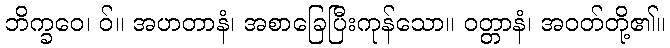
ဘိက္ခဝေ၊ ဝ်။ အဟတာနံ၊ အစာခြေပြီးကုန်သော။ ဝတ္တာနံ၊ အဝတ်တို့၏။